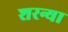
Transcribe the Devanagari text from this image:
शरन्या